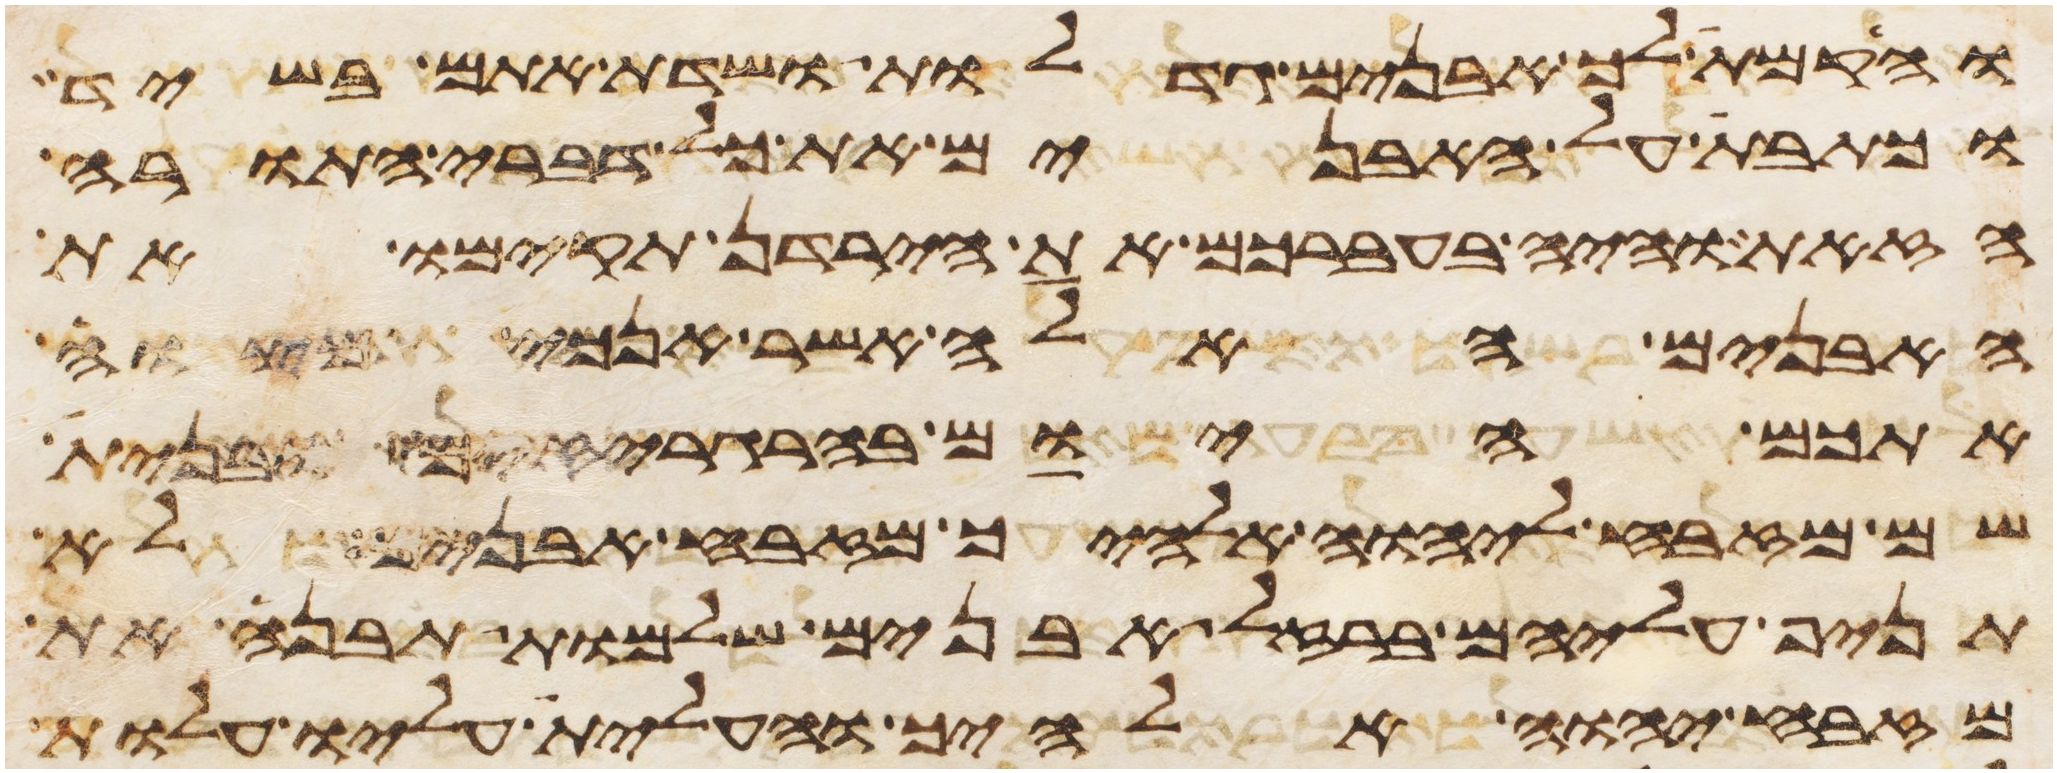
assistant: והקמת לך אבנים גדלות ושדת אתם בשיד
וכתבת על האבנים את כל דברי התורה
הזאת והיה בעברכם את הירדן תקימו את
האבנים האלה אשר אנכי מצוה
אתכם היום בהרגריזים ובנית
שם מזבח ליהוה אלהיך מזבח אבנים לא
תניף עליהם ברזל אבנים שלמות תבנה את
מזבח יהוה אלהיך והעלית עליו עלות